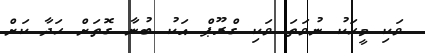
ވަކި މީހަކު ނުވަތަ ވަކި ގްރޫޕް އަކު ބުނާ ގޮތަށް ހަދާ ކަށް